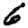
Digit: 6